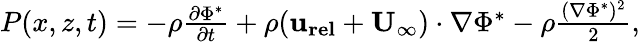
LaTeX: \begin{array}{r}{P(x,z,t)=-\rho\frac{\partial\Phi^{*}}{\partial t}+\rho(\mathbf{u_{rel}}+\mathbf{U_{\infty}})\cdot\nabla\Phi^{*}-\rho\frac{(\nabla\Phi^{*})^{2}}{2},}\end{array}